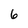
Character: 6